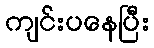
ကျင်းပနေပြီး